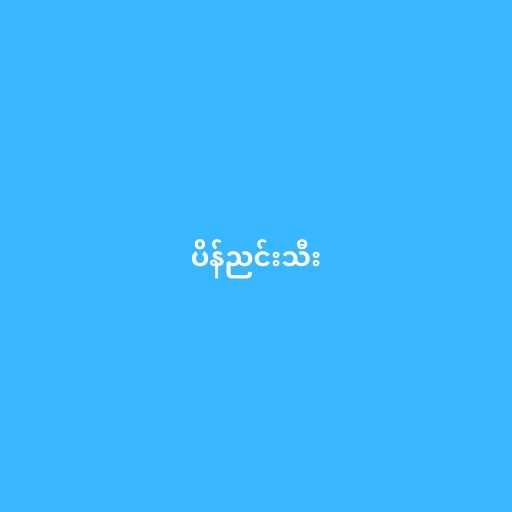
ပိန်ညင်းသီး